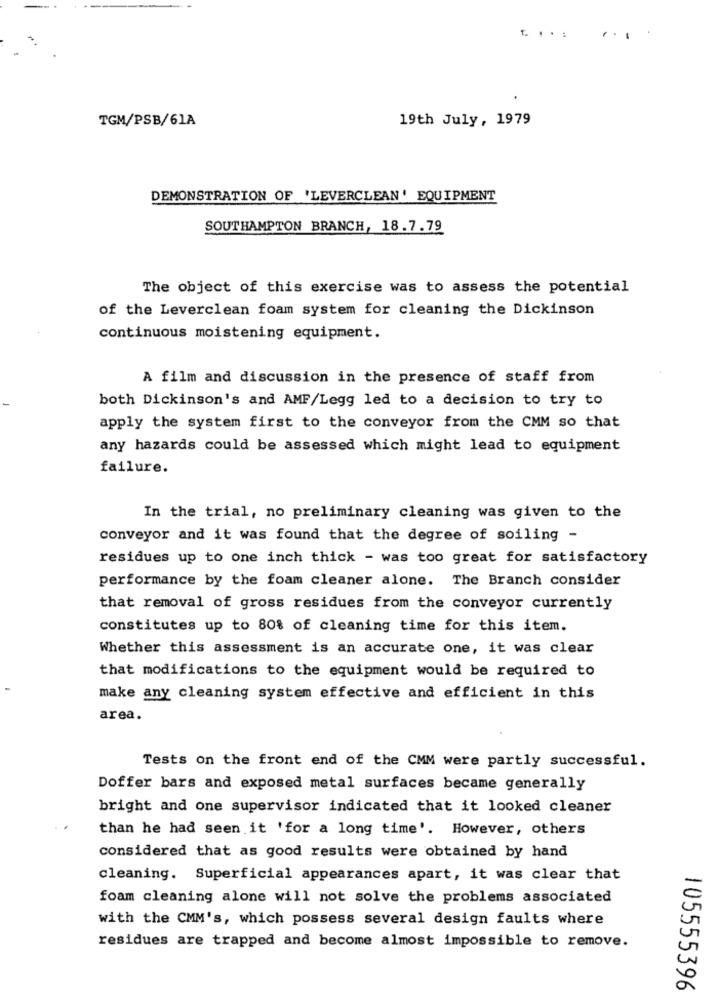
t. . . .
. ..
TGM/PSB/61A
19th July, 1979
DEMONSTRATION OF 'LEVERCLEAN' EQUIPMENT
SOUTHAMPTON BRANCH, 18.7.79
The object of this exercise was to assess the potential
of the Leverclean foam system for cleaning the Dickinson
continuous moistening equipment.
A film and discussion in the presence of staff from
both Dickinson's and AMF/Legg led to a decision to try to
apply the system first to the conveyor from the CMM so that
any hazards could be assessed which might lead to equipment
failure.
In the trial, no preliminary cleaning was given to the
conveyor and it was found that the degree of soiling -
residues up to one inch thick - was too great for satisfactory
performance by the foam cleaner alone. The Branch consider
that removal of gross residues from the conveyor currently
constitutes up to 80% of cleaning time for this item.
Whether this assessment is an accurate one, it was clear
that modifications to the equipment would be required to
make any cleaning system effective and efficient in this
area.
Tests on the front end of the CMM were partly successful.
Doffer bars and exposed metal surfaces became generally
bright and one supervisor indicated that it looked cleaner
than he had seen it 'for a long time'. However, others
considered that as good results were obtained by hand
cleaning. Superficial appearances apart, it was clear that
foam cleaning alone will not solve the problems associated
with the CMM's, which possess several design faults where
residues are trapped and become almost impossible to remove.
105555396